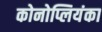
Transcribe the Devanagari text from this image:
कोनोप्लियंका